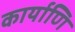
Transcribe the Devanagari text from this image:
कार्याणि